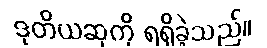
ဒုတိယဆုကို ရရှိခဲ့သည်။